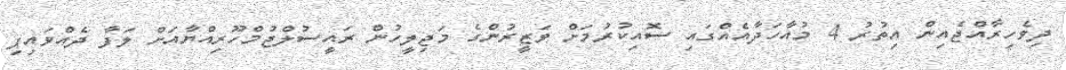
ދިވެހިރާއްޖެއިން އިތުރު 4 މުއާހަދާއެއްގައި ސޮއިކުރުމަށް ވަޒީރުންގެ މަޖިލީހުން ރައީސުލްޖުމްހޫރިއްޔާއަށް ލަފާ ދެއްވައިފި